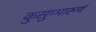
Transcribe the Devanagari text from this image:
कुसुम्भारुणं